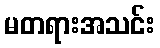
မတရားအသင်း